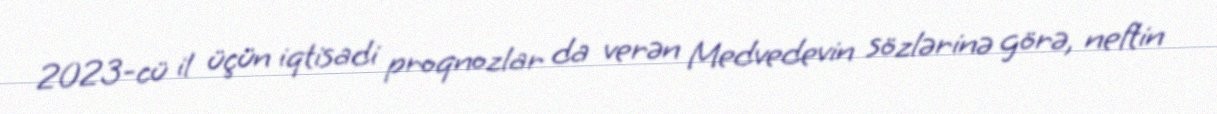
2023-cü il üçün iqtisadi proqnozlar da verən Medvedevin sözlərinə görə, neftin